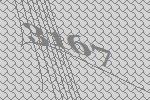
3167